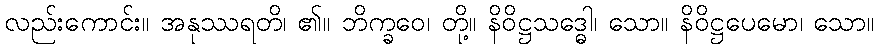
လည်းကောင်း။ အနုဿရတိ၊ ၏။ ဘိက္ခဝေ၊ တို့။ နိဝိဋ္ဌသဒ္ဓေါ၊ သော။ နိဝိဋ္ဌပေမော၊ သော။